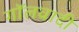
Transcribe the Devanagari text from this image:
गॉलवादी